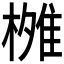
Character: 𬄐